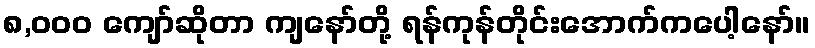
၈,၀၀၀ ကျော်ဆိုတာ ကျနော်တို့ ရန်ကုန်တိုင်းအောက်ကပေါ့နော်။